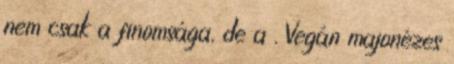
nem csak a finomsága, de a . Vegán majonézes